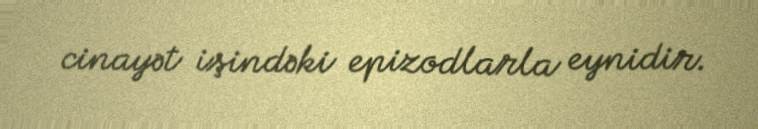
cinayət işindəki epizodlarla eynidir.